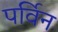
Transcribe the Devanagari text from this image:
पर्विन